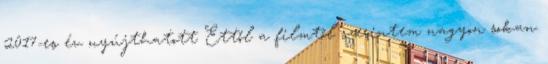
2017-es év nyújthatott Ettől a filmtől szerintem nagyon sokan